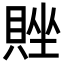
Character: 𬥗